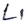
Text: L1